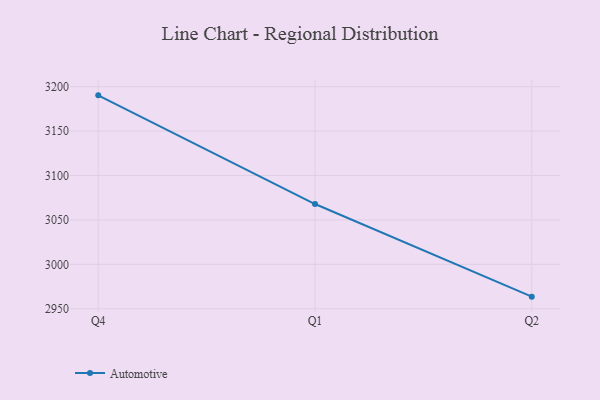
{"axis": {"x": "Quarter", "y": "Market Share (%)"}, "legend": ["Automotive"], "data": [{"x": "Q4", "y": 3190.3, "type": "Automotive"}, {"x": "Q1", "y": 3067.9, "type": "Automotive"}, {"x": "Q2", "y": 2963.6, "type": "Automotive"}]}